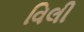
વિલી